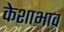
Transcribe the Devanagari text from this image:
केशाभाव